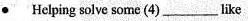
·Helping solve some(4)___like